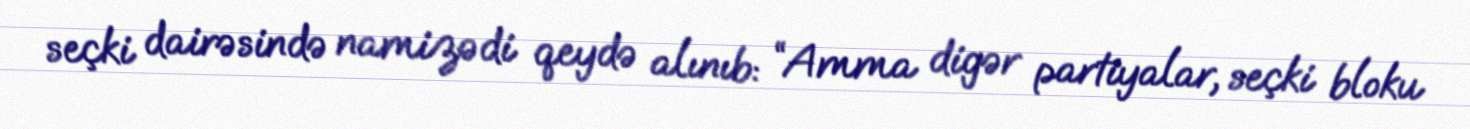
seçki dairəsində namizədi qeydə alınıb: “Amma digər partiyalar, seçki bloku